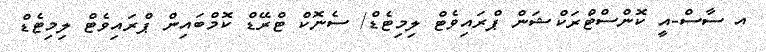
އ ސާސް-އީ ކޮންސްޓްރަކްޝަން ޕްރައިވެޓް ލިމިޓެޑް/ ސެނޮކް ޓްރޭޑް ކޮމްބައިން ޕްރައިވެޓް ލިމިޓެޑް